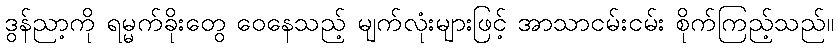
ဒွန်ညာ့ကို ရမ္မက်ခိုးတွေ ဝေနေသည့် မျက်လုံးများဖြင့် အာသာငမ်းငမ်း စိုက်ကြည့်သည်။